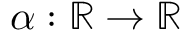
\alpha : \mathbb { R } \rightarrow \mathbb { R }